Bursary Schemes. (Education (Scotland) Act, 1918, sections 4 and 6(1)(b)), 1918
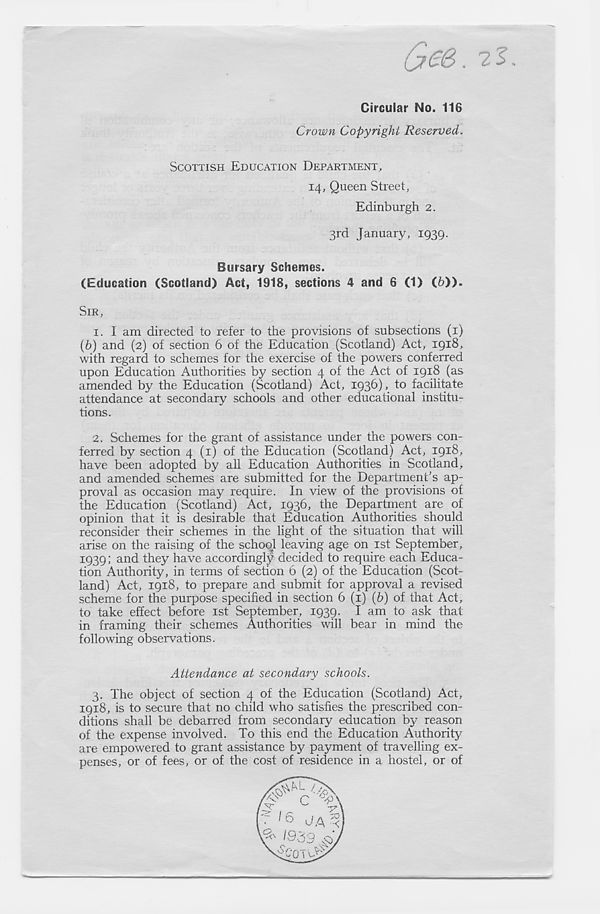
es. 7.1.
Circuiar No. 116
Crown Copyright Reserved.
SCOTTISH EDUCATION DEPARTMENT,
14, Queen Street,
Edinburgh 2.
3rd January, 1939.
Bursary Schemes.
(Education (Scotland) Act, 1918, sections 4 and 6 (1) (6)).
SIR,
1. I am directed to refer to the provisions of subsections (1)
(6) and (2) of section 6 of the Education (Scotland) Act, 1918,
with regard to schemes for the exercise of the powers conferred
upon Education Authorities by section 4 of the Act of 1918 (as
amended by the Education (Scotland) Act, 1936), to facilitate
attendance at secondary schools and other educational institu-
tions.
2. Schemes for the grant of assistance under the powers con-
ferred by section 4 (1) of the Education (Scotland) Act, 1918,
have been adopted by all Education Authorities in Scotland,
and amended schemes are submitted for the Department’s ap-
proval as occasion may require. In view of the provisions of
the Education (Scotland) Act, 1936, the Department are of
opinion that it is desirable that Education Authorities should
reconsider their schemes in the light of the situation that will
arise on the raising of the school leaving age on 1st September,
1939; and they have accordingly decided to require each Educa-
tion Authority, in terms of section 6 (2) of the Education (Scot-
land) Act, 1918, to prepare and submit for approval a revised
scheme for the purpose specified in section 6 (1) (h) of that Act,
to take effect before 1st September, 1939. I am to ask that
in framing their schemes Authorities will bear in mind the
following observations.
Attendance at secondary schools.
3.
The object of section 4 of the Education (Sco
1918, is to secure that no child who satisfies the prescribed con-
ditions shall be debarred from secondary education by reason
of the expense involved. To this end the Education Authority
are empowered to grant assistance by payment of travelling ex-
penses, or of fees, or of the cost of residence in a hostel, or of